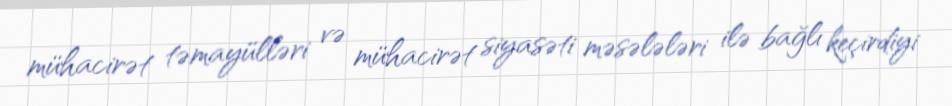
mühacirət təmayülləri və mühacirət siyasəti məsələləri ilə bağlı keçirdiyi